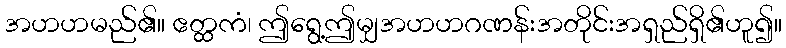
အဟဟမည်၏။ ဧတ္ထကံ၊ ဤရွေ့ဤမျှအဟဟဂဏန်းအတိုင်းအရှည်ရှိ၏ဟူ၍။